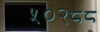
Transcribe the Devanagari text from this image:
५०२८८